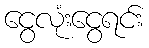
ငွေလုံးငွေရင်း